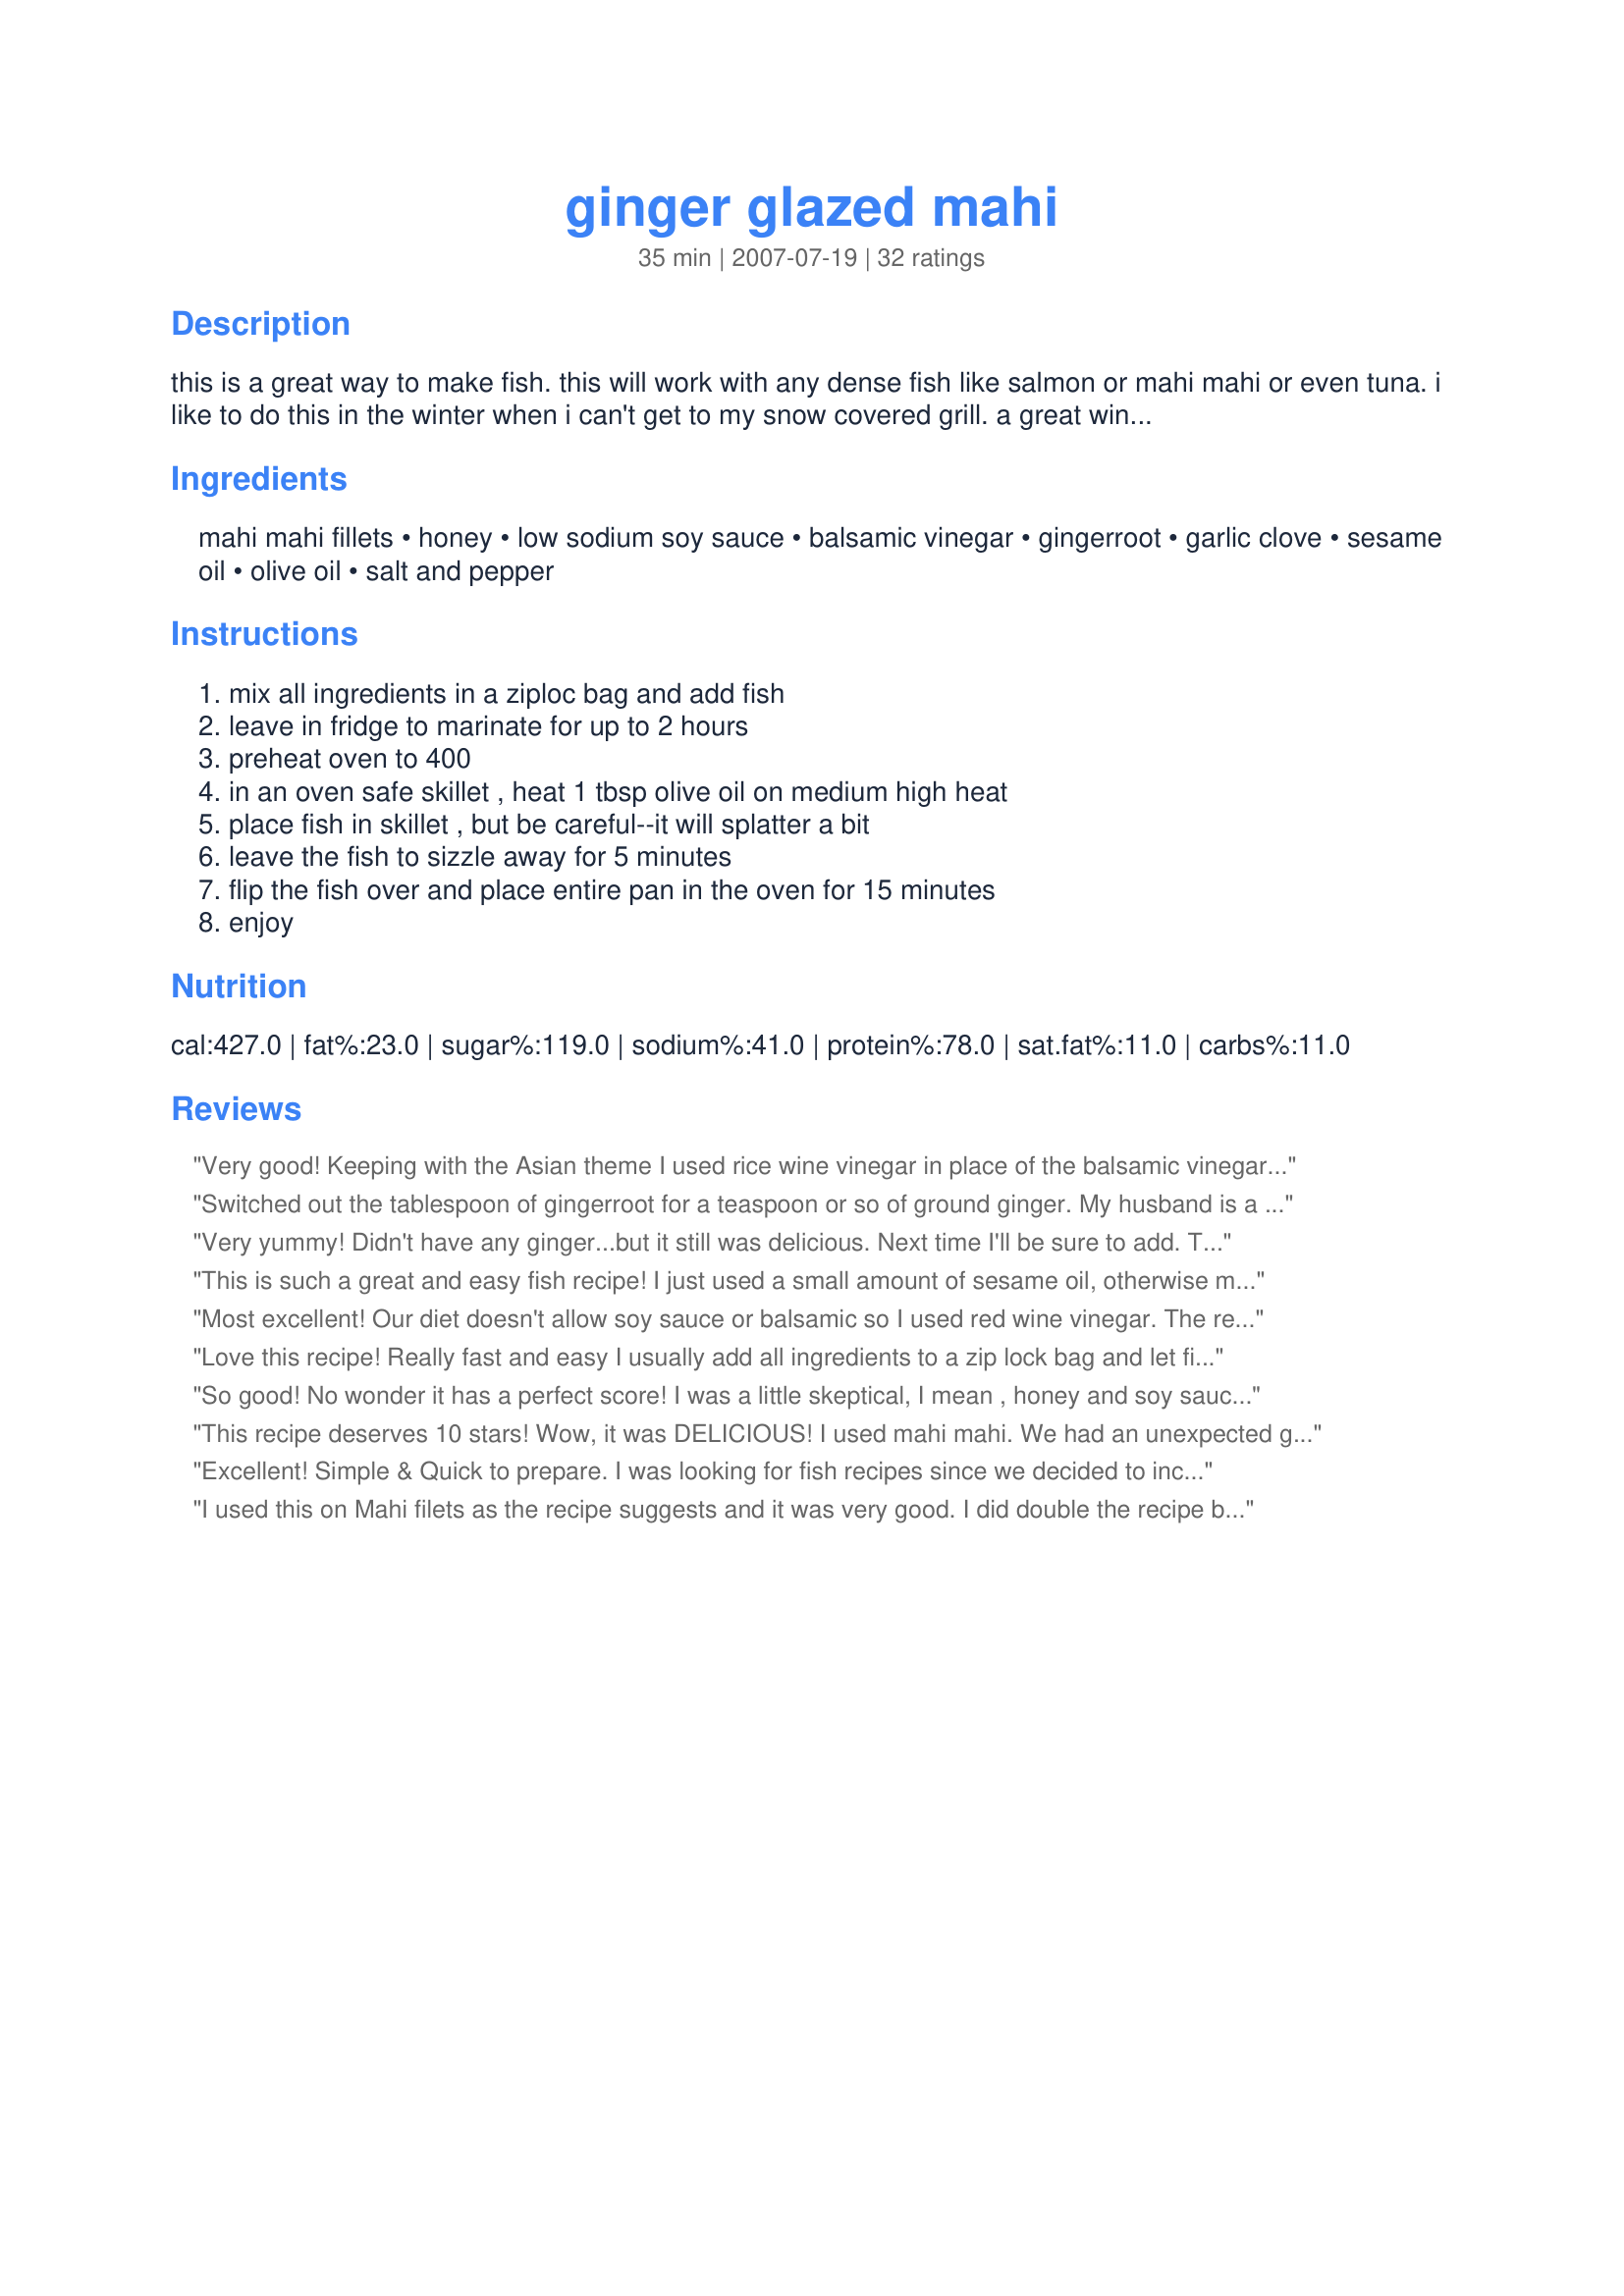
ginger glazed mahi
Preparation time: 35 minutes

this is a great way to make fish. this will work with any dense fish like salmon or mahi mahi or even tuna. i like to do this in the winter when i can't get to my snow covered grill. a great wine to pair with this is a pinot noir--i'm partial to schug.

Ingredients:
mahi mahi fillets, honey, low sodium soy sauce, balsamic vinegar, gingerroot, garlic clove, sesame oil, olive oil, salt and pepper

Steps:
mix all ingredients in a ziploc bag and add fish, leave in fridge to marinate for up to 2 hours, preheat oven to 400, in an oven safe skillet , heat 1 tbsp olive oil on medium high heat, place fish in skillet , but be careful--it will splatter a bit, leave the fish to sizzle away for 5 minutes, flip the fish over and place entire pan in the oven for 15 minutes, enjoy

Reviews:
Very good! Keeping with the Asian theme I used rice wine vinegar in place of the balsamic vinegar. I marinated longer then the stated time and baked it juices and all for 17 minutes at 400. I then poured out the juices into a pan and reduced the sauce and poured over the fish. Thanks for posting!
Switched out the tablespoon of gingerroot for a teaspoon or so of ground ginger. My husband is a picky eater and is hit or miss on fish, but this one was a keeper and we've had it multiple times.

An addition of lime juice (about a tablespoon) to the marinade really brightens the flavors.
Very yummy! Didn't have any ginger...but it still was delicious. Next time I'll be sure to add. Thanks for the recipe!
This is such a great and easy fish recipe! I just used a small amount of sesame oil, otherwise made as directed and thought it brought a wonderful flavor to the fish. Mine did get quite dark but the fish was well-cooked and the flavor was delicious. Thanks for sharing the recipe!
Most excellent! Our diet doesn't allow soy sauce or balsamic so I used red wine vinegar. The rest was the same. I used 1 lb. mahi mahi. I marinated for 1 1/2 hours and MUAH, muy delicioso! Thanks for a great recipe!
Love this recipe! Really fast and easy I usually add all ingredients to a zip lock bag and let fish marinate overnight. Wonderful flavor and healthy.
So good! No wonder it has a perfect score! I was a little skeptical, I mean , honey and soy sauce? But it was perfect. Even with all the different oils, it was a perfect glaze for the fish and left a beautiful caramel color on the fish. I didn't have time to marinate more than 10 min, so I added a few tablespoons of the sauce in the pan before it went into the oven. Husband has requested it for tomorrow night too!
This recipe deserves 10 stars! Wow, it was DELICIOUS! I used mahi mahi. We had an unexpected guest for dinner and he practically licked his plate he thought it was so good! I served it with steamed broccoli and sticky rice. I will definitely be making this again! Thank you for sharing!
Excellent! Simple & Quick to prepare. I was looking for fish recipes since we decided to incorporate fish on a weekly basis to reduce our red meat intake. Not having much experience with preparing fish I found this recipe quite easy to follow. Initially I worried that I had burned the fish because it did get quite dark almost black in parts when I flipped it over, but it did not taste burned at all. Next time I may not do the entire five minutes on the first side as I think the Greenpan I used cooks things hotter than normal. It was the only pan I own that can also go in the oven. Also, I did as others and saved the marinade to make a sauce. The sauce was so Delicious!!! Next time I think I will double the marinade so I have more sauce to pour over the fish and rice. All I did for the sauce was to add equal amounts of balsamic vinegar, honey & soy sauce to the marinade and then I brought it to boil and kept stirring to it reduced to the thickness I liked. Funny side note, my daughter who is 7 years old, kept saying she just loved the chicken! I will definitely be making this again and again. Thanks for the great recipe!
I used this on Mahi filets as the recipe suggests and it was very good. I did double the recipe because they were large pieces of fish. I also boiled the remaining glaze to reduce it down then spooned it over the finished filets. Served with quinoa and green beans.
Great way to serve mahi mahi. I had several smaller fillets and the marinade really soaked in. Used 1 tsp dried ginger instead of gingerroot just because that's what I had on hand. The fresh ginger would probably make it even better. Served with brown rice and steamed broccoli. A keeper!
Very good! I had to use regular vinegar though b/c we were out of balsamic. Even the fish non fish lovers in the house liked it.
Delicious! Loved the sweet and sour effect, made extra sauce for the steamed veggies and rice - excellent.
This recipe was fantastic. I was afraid the glaze would overpower the fish but it was perfect. My husband is convinced he does not care for ginger but loved this dish. I served with sticky rice and stir-fried veggies.
Very good! Made it as written and have no complaints. Love it, thanks!
I tried this for Grouper and Hogfish and it was great then I used it on some lobster OMG, Fantastic!!! It is a great marinade for a dinner party super easy and your guests will think you slaved forever. 
I also took the leftover marinade and reduced it in a fying pan made a perfect glaze.
I have made this recipe following all the instructions and it was very good. I however only used 1tbsp of balsamic vinegar for our taste. Then I used the same marinade recipe for salmon and grilled it on cedar planks- it was SUPERB! Love this recipe and it's so fast!
This is a WINNER! Fabulous flavor and so easy to make! I made this a couple of nights ago and my fiance is already asking when we can have it again! While I love the flavor of sesame oil, I know a little goes a long way, so I only added 1/2 tsp. of sesame oil to this recipe. Other than that, I followed the recipe exactly. While cooking the mahi mahi fillets, I simmered the leftover marinade and used it to pour over jasmine rice and then topped the rice with the mahi mahi. 
This marinade would be perfect for so much more than fish...it would make great korean ribs! I will use this as a marinade for chicken and pork as well. 
Thank you for posting this delicious recipe. It will be a treasured addition to my personal family favorites cookbook. Only the BEST recipes make it there!
This is an excellent recipe! The flavors are spot on AND it's easy to make! The only change I made was not putting it in the oven after the flip. Instead, cooked it a few minutes more on the stovetop. Perfect! Thanks for adding this great recipe - it's going on our regular rotation! Can't wait to try it with ahi.
This was an easy to make, flavorful recipe. I used prepared ginger in a tube to save me some grating time, which worked just fine. I marinated for about 2 hours. I would definitely have this again. I served with wilted spinach as a side. Thanks for posting!
This was a great recipe to get my boyfriend to eat fish! I served it with Hawaiian fried rice.
This is a great way to enjoy Mahi Mahi. I made as directed except that I omitted the sesame oil and used only olive oil. I also doubled the sauce. Like other reviewers mentioned, I was worried at first because the fish looked burned after the 5 minutes of frying. It wasn&#039;t burned at all, though, and the black that I saw was the glaze cooking into the fish. After the frying, I then flipped the fillets over, and placed my oven-proof frying pan into the oven as directed. I removed the pan after 15 minutes, and served the fish with a side of rice and peas. It was a hit. I&#039;m glad I doubled the sauce because I had extra sauce to poor over the fish once it was done cooking. Tip: I wouldn&#039;t omit the 5 minutes of frying before the baking. I think the frying gives the underside of the fillet a crisp outside that is a nice compliment to the fleshy portion of the rest of the fillet.
This was a very good recipe--though I only marinated the fish for the time that it took the oven to preheat, and I baked the fish in the marinade instead of pan frying. I will definitely use this for salmon and tuna as well, though I think next time I will leave out the ginger--just our taste. Thank you for the keeper!
I didn't have fresh ginger, so used 1/4 tsp ground ginger. It was not enough to taste, but the glaze was still high quality taste. Can't wait to make it again with some real ginger!
Made this for supper tonight but found the recipe on another website. The difference in the recipe that I used was there wasn't any sesame oil. This is very good, I served it with butter garlic rice and broccoli. Yummmm! Will definitely be making this again and again. Thanks for sharing.
Great way to make Mahi Mahi; could probably use it for Tuna or Swordfish too. Though not diabetic, we watch our glucose intake carefully. As such, I cut the honey to 1-1/2 tablespoons (approximately) and it was still delicious. I used organic, raw honey which has more of a zip than the pasteurized stuff.
This was the first time I cooked fish and it was WONDERFUL! Thans for the great recipe!
Followed the recipe exact.... Excellent!!!!
One of the best recipes I have tried from this site. Easy and quite good.
WOW, definitely a keeper!! My family devoured this :) While the fish was baking, I brought the remaining marinade to a boil until it thickened & then used it as a dip for the fish. I also cooked some diced green onions & added them on top of the glaze. Just awesome. I think it would be a great marinade for chicken or steak. Thank you for posting!
Delicious! I let it marinate for over 2 hours and used a cast iron skillet and it came out great! I made Mahi Mahi and it was cooked perfectly. Loved the ginger taste with this fish.
Easy and tasty!! I used jarred pureed ginger (about 1 Tbs), which worked nicely and wasn't overwhelming. Will definitely use again.
